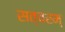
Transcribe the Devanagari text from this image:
सत्वरम्